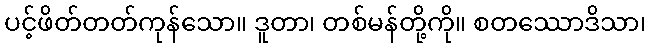
ပင့်ဖိတ်တတ်ကုန်သော။ ဒူတာ၊ တစ်မန်တို့ကို။ စတဿောဒိသာ၊